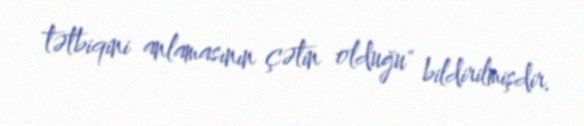
tətbiqini anlamasının çətin olduğu" bildirilmişdir.